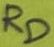
Text: RD